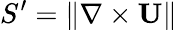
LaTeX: {S}^{\prime}=\left\| \nabla\times\mathbf{U}\right\|